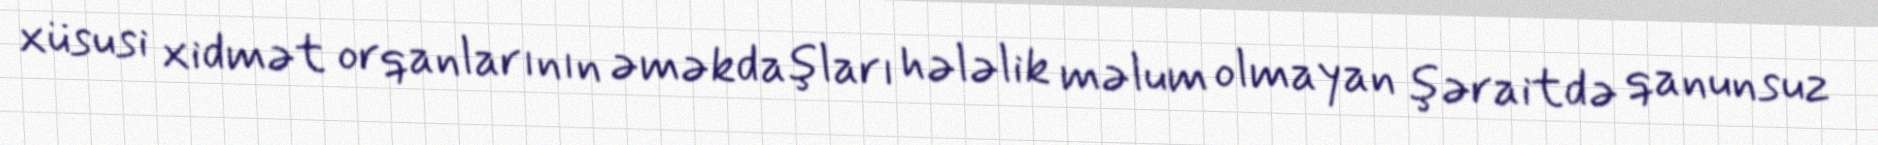
xüsusi xidmət orqanlarının əməkdaşları hələlik məlum olmayan şəraitdə qanunsuz